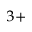
^ { 3 + }